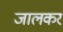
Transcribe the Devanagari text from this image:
जालकर